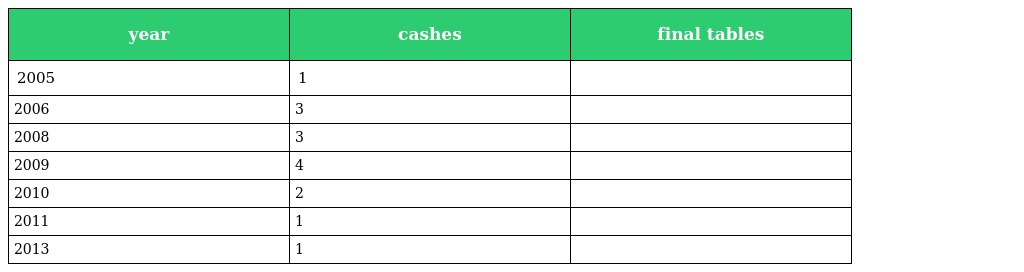
| year | cashes | final tables |
 | --- | --- | --- |
 | 2005 | 1 |  |
 | 2006 | 3 |  |
 | 2008 | 3 |  |
 | 2009 | 4 |  |
 | 2010 | 2 |  |
 | 2011 | 1 |  |
 | 2013 | 1 |  |